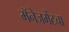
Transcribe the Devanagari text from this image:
मॅनेजमेंटचा